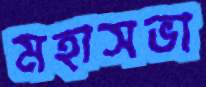
মহাসভা